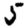
Digit: 5